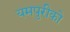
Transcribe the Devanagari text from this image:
यमपुरीको